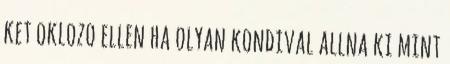
ket oklozo ellen ha olyan kondival allna ki mint